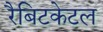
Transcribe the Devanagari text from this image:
रैबिटकेटल